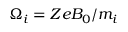
\Omega _ { i } = Z e B _ { 0 } / m _ { i }